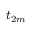
t _ { 2 m }